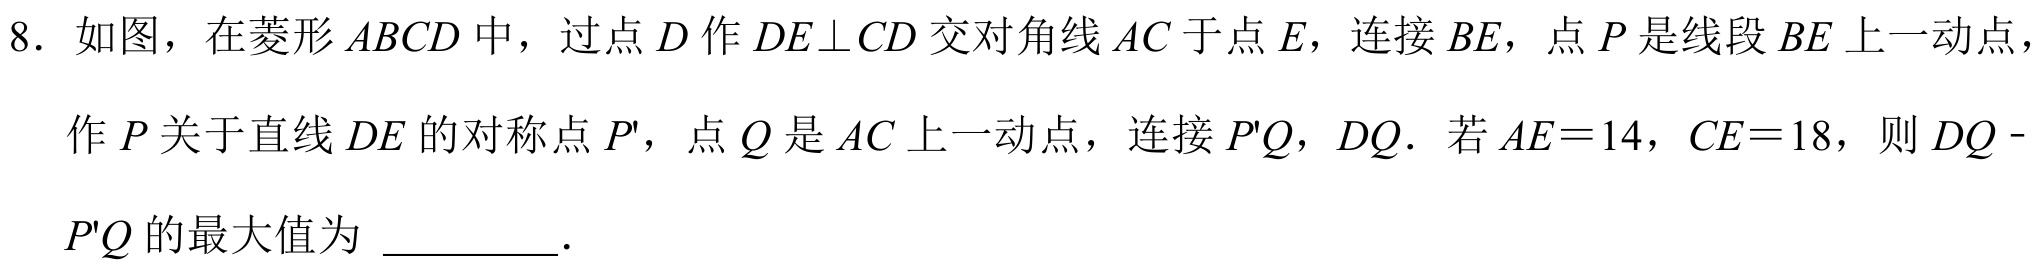
8. 如图，在菱形\(ABCD\)中，过点\(D\)作\(DE\perp CD\)交对角线\(AC\)于点\(E\)，连接\(BE\)，点\(P\)是线段\(BE\)上一动点，
作\(P\)关于直线\(DE\)的对称点\(P'\)，点\(Q\)是\(AC\)上一动点，连接\(P'Q\)，\(DQ\)．若\(AE = 14\)，\(CE = 18\)，则\(DQ -
P'Q\)的最大值为 \_\_\_\_\_．